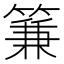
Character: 䈴